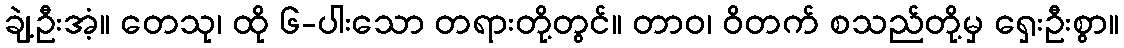
ချဲ့ဦးအံ့။ တေသု၊ ထို ၆-ပါးသော တရားတို့တွင်။ တာဝ၊ ဝိတက် စသည်တို့မှ ရှေးဦးစွာ။